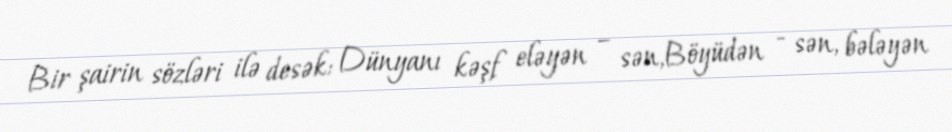
Bir şairin sözləri ilə desək: Dünyanı kəşf eləyən – sən,Böyüdən - sən, bələyən